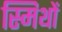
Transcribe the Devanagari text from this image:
स्मिथों